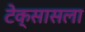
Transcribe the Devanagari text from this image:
टेक्सासला